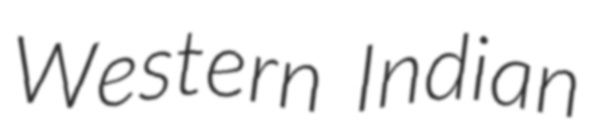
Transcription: Western Indian